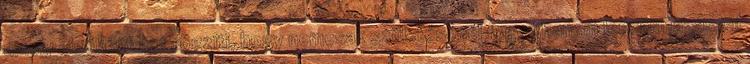
amely elsőként azt rögziti, hogy nemcsak születésénél fogva,hanem leszármazással